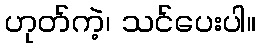
ဟုတ်ကဲ့၊ သင်ပေးပါ။